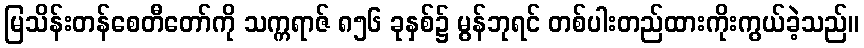
မြသိန်းတန်စေတီတော်ကို သက္ကရာဇ် ၈၅၆ ခုနှစ်၌ မွန်ဘုရင် တစ်ပါးတည်ထားကိုးကွယ်ခဲ့သည်။